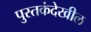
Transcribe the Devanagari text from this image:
पुस्तकंदेखील